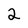
Character: 2